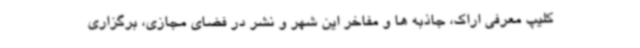
کلیپ معرفی اراک، جاذبه ها و مفاخر این شهر و نشر در فضای مجازی، برگزاری